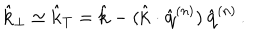
\hat { { \bf k } } _ { \perp } \simeq \hat { { \bf k } } _ { T } = \hat { { \bf k } } - ( \hat { { \bf k } } \cdot \hat { { \bf q } } ^ { ( n ) } ) \, \hat { { \bf q } } ^ { ( n ) } \, .